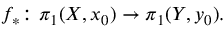
f _ { * } \colon \pi _ { 1 } ( X , x _ { 0 } ) \to \pi _ { 1 } ( Y , y _ { 0 } ) .